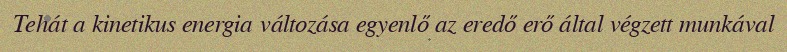
Tehát a kinetikus energia változása egyenlő az eredő erő által végzett munkával